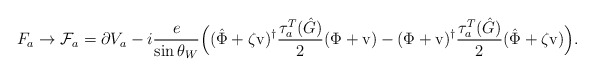
\begin{align*}F_a \to {\cal F}_a = \partial V_a - i \frac e{\sin \theta_W}\Bigl((\hat \Phi + \zeta \mbox{v} )^\dagger \frac {\tau^T_{a}(\hat G)} 2( \Phi + \mbox{v} ) -( \Phi + \mbox{v} )^\dagger \frac {\tau^T_{a}(\hat G)} 2( \hat \Phi + \zeta \mbox{v} ) \Bigr) . \end{align*}